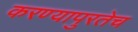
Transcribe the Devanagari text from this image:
करण्यापुरतेच